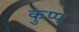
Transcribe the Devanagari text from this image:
कुप्प